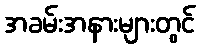
အခမ်းအနားများတွင်